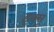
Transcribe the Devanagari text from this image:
इक्सू